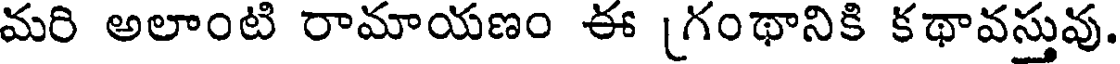
మరి అలాంటి రామాయణం ఈ [గంథానికి కథావస్తువు.